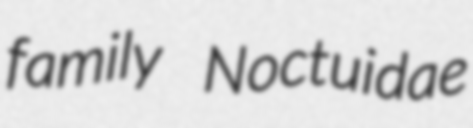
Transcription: family Noctuidae